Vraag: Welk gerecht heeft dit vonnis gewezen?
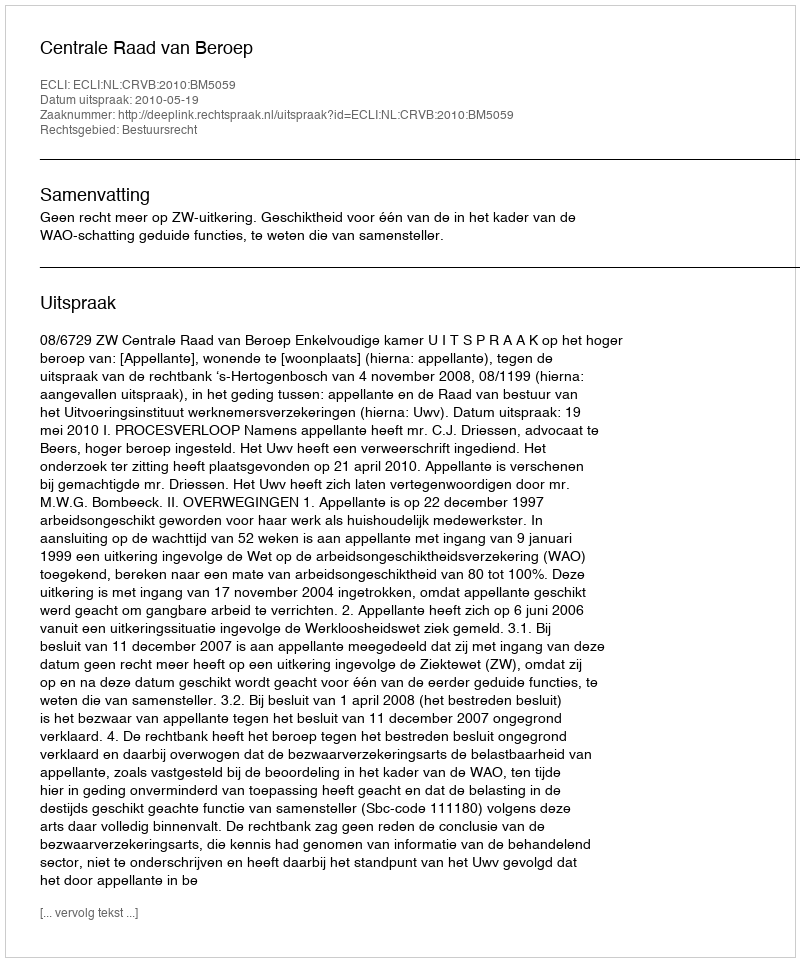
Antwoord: Centrale Raad van Beroep